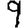
Digit: 9